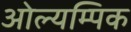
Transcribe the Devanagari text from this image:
ओल्यम्पिक